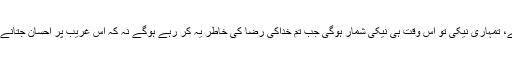
یہ نہیں ہے، تمہاری نیکی تو اس وقت ہی نیکی شمار ہوگی جب تم خداکی رضا کی خاطر یہ کر رہے ہوگے نہ کہ اس غریب پر احسان جتانے کے لئے۔